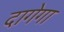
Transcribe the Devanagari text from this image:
दागेगा